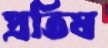
প্রতিষ